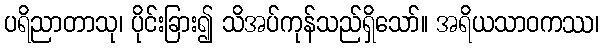
ပရိညာတာသု၊ ပိုင်းခြား၍ သိအပ်ကုန်သည်ရှိသော်။ အရိယသာဝကဿ၊